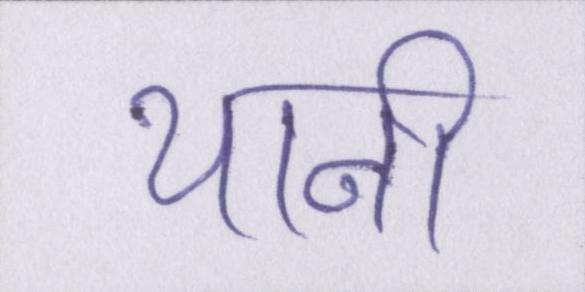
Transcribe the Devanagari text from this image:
यानी